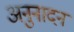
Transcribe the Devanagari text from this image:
अनुनादन